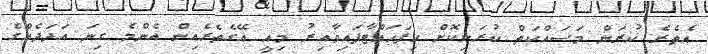
އެތެރެ ކުރަން މަސައްކަތް ކުރަނިކޮށް ހިފަހައްޓާފައިވާއިރު މިއީ އޭގެތެރެއިން އެންމެ ގިނަ އަދަދެއްގެ